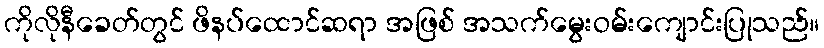
ကိုလိုနီခေတ်တွင် ဖိနပ်ထောင်ဆရာ အဖြစ် အသက်မွေးဝမ်းကျောင်းပြုသည်။